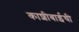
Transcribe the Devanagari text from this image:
काशीबाईची